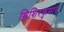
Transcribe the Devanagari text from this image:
शिशिरकुमार